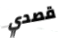
قصدي